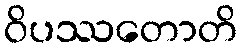
ဝိပဿတောတိ